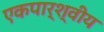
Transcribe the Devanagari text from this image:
एकपार्श्वीय